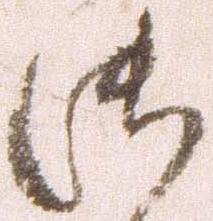
御